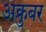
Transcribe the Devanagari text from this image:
अक्रुबर